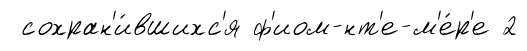
сохран'и́вшихс'я ф'иом-нт'е-м'е́р'е 2